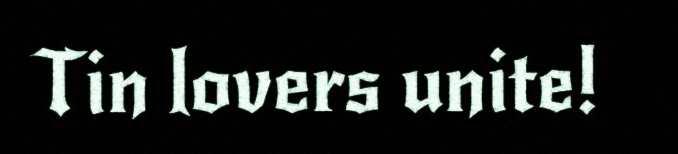
Tin lovers unite!